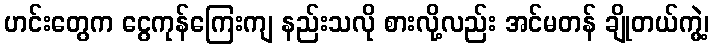
ဟင်းတွေက ငွေကုန်ကြေးကျ နည်းသလို စားလို့လည်း အင်မတန် ချိုတယ်ကွဲ့၊